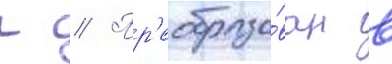
г // Пр'еобразо́ван в